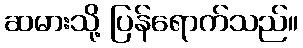
ဆမားသို့ ပြန်ရောက်သည်။